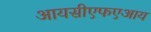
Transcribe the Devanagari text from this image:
आयसीएफएआय